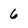
Character: 6